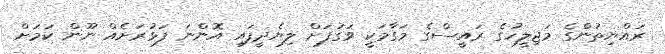
ރައްޔިތުންގެ މަޖިލީހުގެ ރައީސްގެ މަގާމަކީ ވަގުފަށް ލިޔެދީފައި އޮންނަ ފަޅުރަށެއް ނޫން ކަމަށް